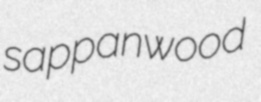
sappanwood